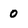
Character: 0